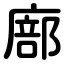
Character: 廍